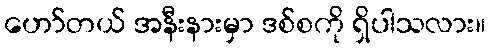
ဟော်တယ် အနီးနားမှာ ဒစ်စကို ရှိပါသလား။